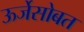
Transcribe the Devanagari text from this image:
ऊर्जेसोबत